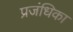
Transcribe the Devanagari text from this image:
प्रजंधिका